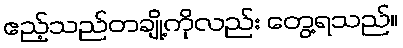
ဧည့်သည်တချို့ကိုလည်း တွေ့ရသည်။